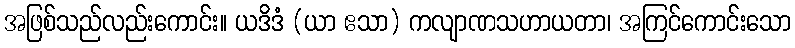
အဖြစ်သည်လည်းကောင်း။ ယဒိဒံ (ယာ ဧသာ) ကလျာဏသဟာယတာ၊ အကြင်ကောင်းသော